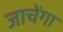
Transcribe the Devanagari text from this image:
जाचेंगा